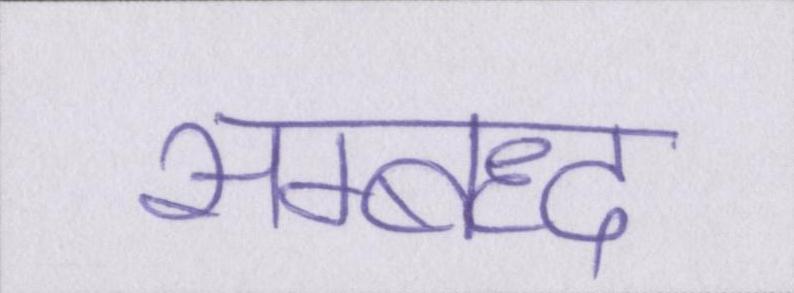
सम्बध्द